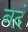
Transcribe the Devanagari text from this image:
नदं